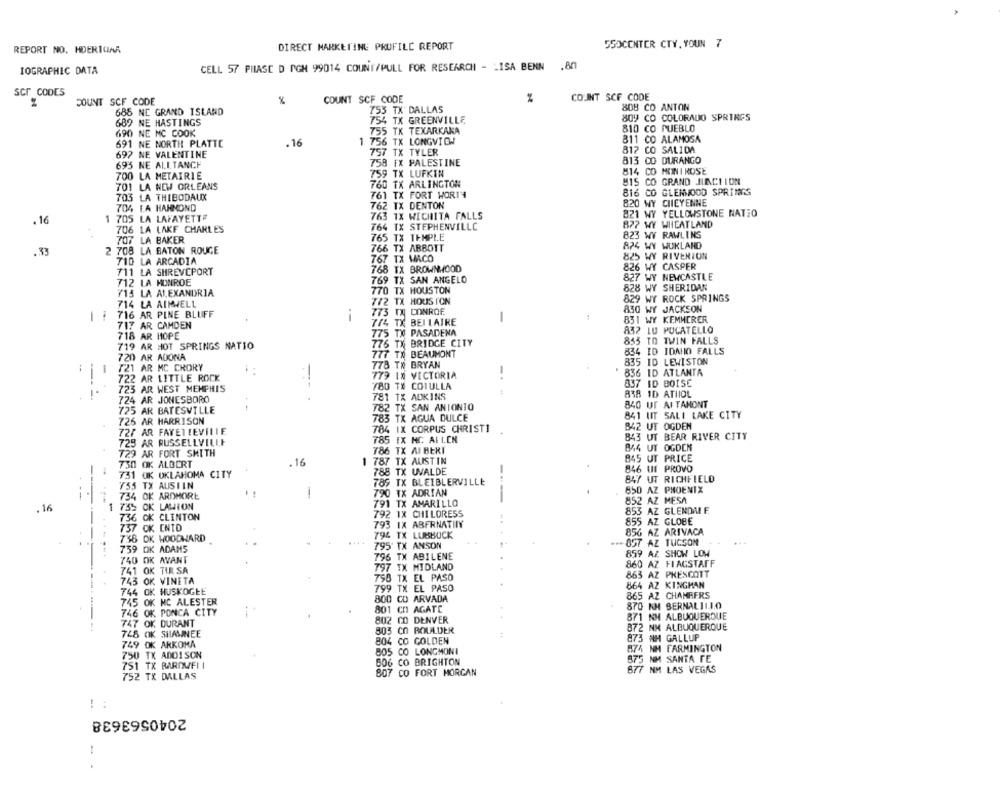
DIRECT MARKETING PROFILE REPORT
550CCNTER CTY. YOUN 7
REPORT NO. HDERICIAR
IOGRAPHIC DATA
CELL 57 PHASE D IGH 99014 COUNT/PULL FOR RESEARCH - - ISA BENN .80
Scr CODES
COUNT SCF CODE
COUNT SCF CODE
%
COUNT SCF CODE
686 NE GRAND ISLAND
753 TX DALLAS
808 CO ANTON
754 TX GREENVILLE
809 CO COLORADO SPRINGS
689 NE HASTINGS
810 CO PUEBLO
690 NE MC COOK
755 TX TEXARKANA
691 NE NORTH PLATTE
.16
1 756 TX LONGVIDA
811
CO ALAMOSA
757 TX TYLER
817 CO SALIDA
697 NE VALENTINE
695 NE ALLTANCE
758 FX PALESTINE
813 CO DURANGO
700 LA METAIRIE
759 TX LUFKIN
814 CO MONIROSE
760 TX ARLINGTON
O GRAND JUNCTION
701 LA NEW ORLEANS
703 LA THIBODAUX
761 TX FORT WORTH
816 CO GLENWOOD SPRING
704 LA HANMOND
762 TX DENTON
820 WY CHEYENNE
763 TX WICHITA FALLS
821 WY YELLOWSTONE NATIO
.16
1 705 LA LAFAYETTE
706 LA LAKE CHARLES
764 TX STEPHENVILLE
877 WY WHEATLAND
765 TX TEMPLE
823 WY RAWLINS
707 LA BAKER
824 WY WUKLAND
.33
2 708 LA BATON ROUGE
766 TX ABBOTT
710 LA ARCADIA
767 TX MACO
825 WY RIVERION
768 TX BROWNWOOD
826 WY CASPER
711 LA SHREVEPORT
827 WY NEWCASTLE
712 LA MONROE
769 TX SAN ANGELO
715 LA ALEXANDRIA
770 TX HOUSTON
828 WY SHERIDAN
772 TX HOUSI'ON
829 WY ROCK SPRINGS
714 LA AIMVELL
830 WY JACKSON
716 AR PINE BLUFF
775 TX CONROE
-
7/4 TX BELLAIRE
851 WY KEMMERER
717 AR CAMDEN
775 TX PASADENA
832 LU POCATELLO
718 AR HOPE
855 TO TWIN FALLS
719 AR HOT SPRINGS NATIO
776 TX BRIDGE CITY
720 AR ADONA
777 TX BEAUMONT
834 ID IDAHO FALLS
778 TR BRYAN
835 ID LEWISTON
1
721 AR MC CRORY
836 ID ATLANTA
722 AR LITTLE ROCK
779 IN VICTORIA
-.
723 AR WEST MEMPHIS
780 TX COTULLA
837 ID BOISE
781 TX ADKINS
838 10 ATHOL
724 AR JONESBORO
840 UT AI TAHONT
725 AR BATESVILLE
782 TX SAN ANIONTO
783 TX AGUA DULCE
841 UT SALI LAKE CITY
726 AR HARRISON
784 IX CORPUS CHRISTI
842 UT OGDEN
727 AR FAYETTEVILLE
843 UT BEAR RIVER CITY
725 AR RUSSELLVILLE
785 EX HC ALL.CN
786 TX AI BERI
844 UT OGDEN
729 AR FORT SMITH
845 UT PRICE
730 OK ALBERT
. 16
787 TX AUSTIN
846 UI PROVO
-
731 OK OKLAHOMA CITY
788 TX UVALDE
-
789 TX BLEIBLERVILLE
847 UT RICHFIELD
755 TX AUSTIN
850 AZ PHOENIX
734 OK ARDMORE
790 TX ADRIAN
852 AZ MESA
. 16
1 75% OK LAWION
791 TX AMARILLO
792 1X CHILDRESS
853 AZ GLENDME
..
736 OK CLINTON
793 IX ABFRNATINY
855 AZ GLOBE
737 OK ENTO
856 AZ ARIVACA
736 OK WOODWARD
796
794 TX LUBBOCK
795 TX ANSON
-OST AZ TUCSON
--
759 OK ADAMS
796 TX ABILENE
859 AZ SHOW LOW
740 OK AVANT
860 AZ FLAGSTAFF
741 OK TIR SA
797 TX MIDLAND
750 TX EL PASO
863 AZ
PRESCOTT
743 OK VINETA
864 AZ
KINGHAN
744 OK HUSKOGŁE
799 TX EL PASO
865 AZ CHAMBERS
745 OK NC ALESTER
800 CD ARVADA
801 Cn AGATE
870 NM BERNALILLO
746 OK PONCA CITY
871 NH ALBUQUERQUE
747 OK DURANT
802 CO DENVER
872 NM ALBUQUERQUE
748 OK SHAWNEE
803 CO BOULDER
804 CO GOLDEN
873 #H GALLUP
749 OK ARKOMA
805 CO LONGMONI
874 NM FARMINGTON
750 TX ADDISON
875 NM SANTA FE
751 TX BAROMFII
806 CO BRIGHTON
807 CO FORT MORGAN
877 NM LAS VEGAS
752 TX DALLAS
! :
2040563638